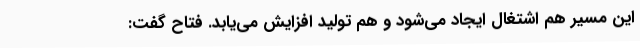
این مسیر هم اشتغال ایجاد می‌شود و هم تولید افزایش می‌یابد. فتاح گفت: